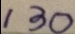
1 3 0